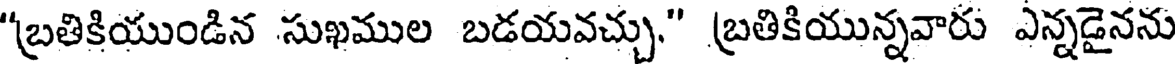
"బ్రతికియుండిన సుఖముల బడయవచ్చు." బ్రతికియున్నవారు ఎన్నడైనను